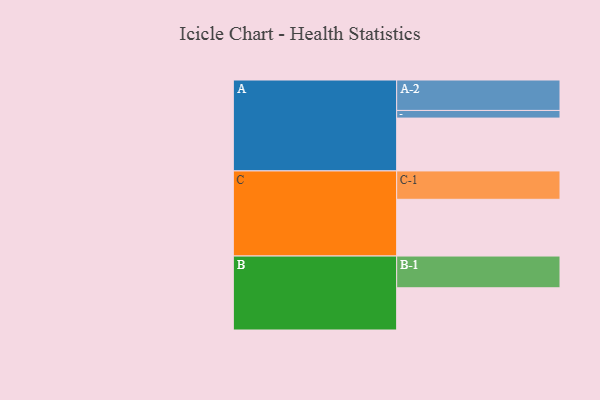
{"axis": {"x": "Segment", "y": "Value"}, "legend": ["", "A", "B", "C"], "data": [{"x": "A", "y": 408, "type": ""}, {"x": "B", "y": 326, "type": ""}, {"x": "C", "y": 438, "type": ""}, {"x": "A-1", "y": 59, "type": "A"}, {"x": "A-2", "y": 235, "type": "A"}, {"x": "B-1", "y": 245, "type": "B"}, {"x": "C-1", "y": 219, "type": "C"}]}